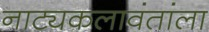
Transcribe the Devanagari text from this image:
नाट्यकलावंतांला